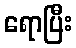
ရောပြီး